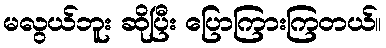
မလွယ်ဘူး ဆိုပြီး ပြောကြားကြတယ်။